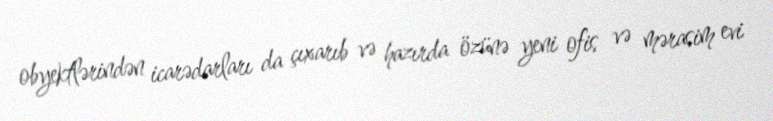
obyektlərindən icarədarları da çıxarıb və hazırda özünə yeni ofis və mərasim evi